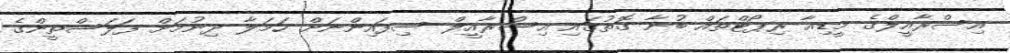
އިސްރާއީލްގެ މީޑިއާ ރިޕޯޓްތައް ބުނާ ގޮތުގައި އިސްރާއީލް ސިފައިންނަށް ހަމަލާ ދިނުމަށް ފަލަސްތީންގެ